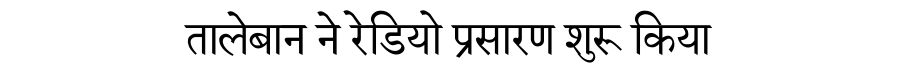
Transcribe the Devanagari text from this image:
तालेबान ने रेडियो प्रसारण शुरू किया